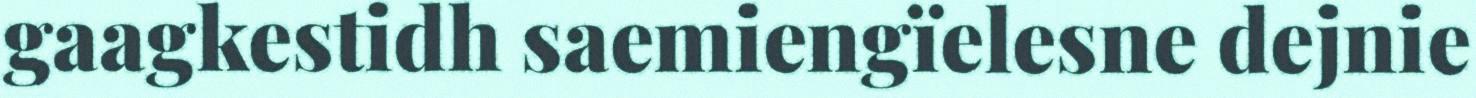
gaagkestidh saemiengïelesne dejnie